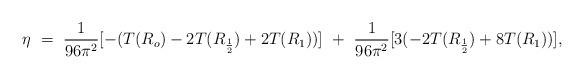
LaTeX: \begin{align*}\eta ~=~ {1\over 96\pi^2} [ - (T(R_o) -2T(R_{1\over 2}) + 2T(R_1) ) ] ~+~ {1\over 96\pi^2} [3(-2T(R_{1\over 2}) + 8T(R_1))],\end{align*}